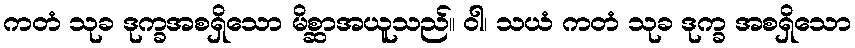
ကတံ သုခ ဒုက္ခအစရှိသော မိစ္ဆာအယူသည်။ ဝါ၊ သယံ ကတံ သုခ ဒုက္ခ အစရှိသော